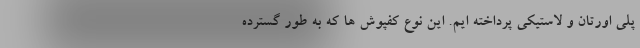
پلی اورتان و لاستیکی پرداخته ایم. این نوع کفپوش ها که به طور گسترده